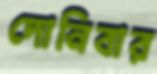
দোনিবার